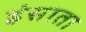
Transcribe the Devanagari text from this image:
हंसाता